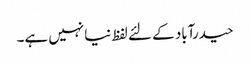
حیدرآباد کے لئے لفظ نیا نہیں ہے۔